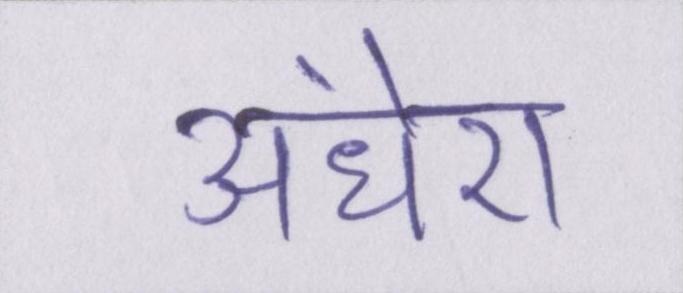
अंधेरा